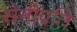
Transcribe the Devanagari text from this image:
सेनीपति